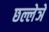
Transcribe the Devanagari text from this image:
छल्लेञे